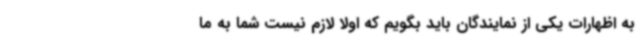
به اظهارات یکی از نمایندگان باید بگویم که اولا لازم نیست شما به ما